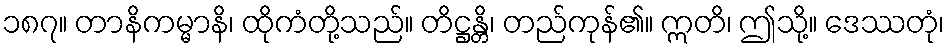
၁၈၇။ တာနိကမ္မာနိ၊ ထိုကံတို့သည်။ တိဋ္ဌန္တိ၊ တည်ကုန်၏။ ဣတိ၊ ဤသို့။ ဒေဿတုံ၊